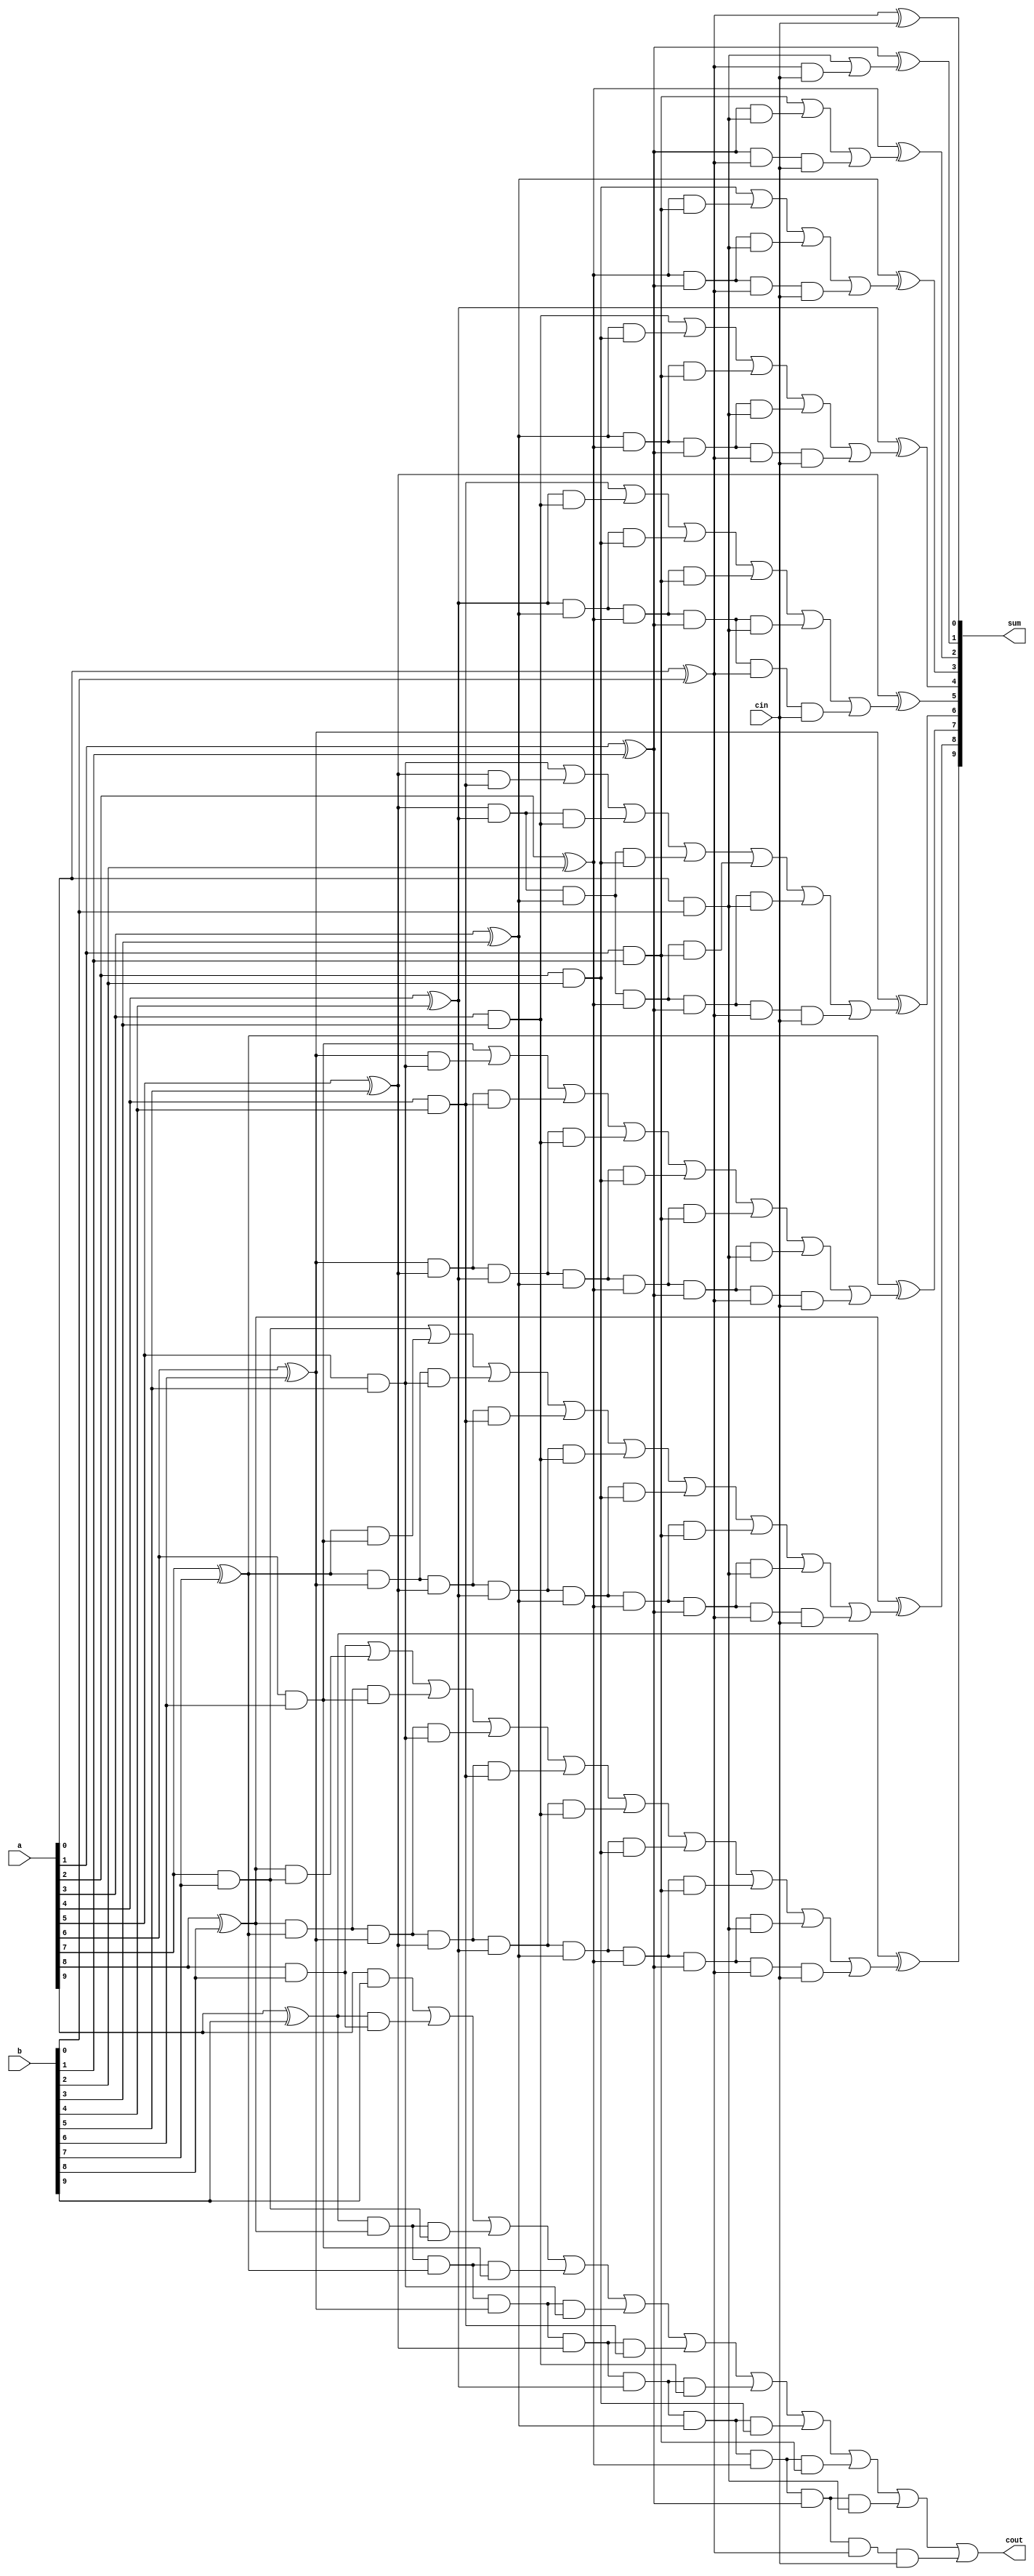
module CLA10(a,b,cin,sum,cout);
input[9:0] a,b;
input cin;
output [9:0] sum;
output cout;
wire p0,p1,p2,p3,p4,p5,p6,p7,p8,p9,g0,g1,g2,g3,g4,g5,g6,g7,g8,g9,c1,c2,c3,c4,c5,c6,c7,c8,c9,c10;
assign p0=(a[0]^b[0]),
p1=(a[1]^b[1]),
p2=(a[2]^b[2]),
p3=(a[3]^b[3]),
p4=(a[4]^b[4]),
p5=(a[5]^b[5]),
p6=(a[6]^b[6]),
p7=(a[7]^b[7]),
p8=(a[8]^b[8]),
p9=(a[9]^b[9]);
assign g0=(a[0]&b[0]),
g1=(a[1]&b[1]),
g2=(a[2]&b[2]),
g3=(a[3]&b[3]),
g4=(a[4]&b[4]),
g5=(a[5]&b[5]),
g6=(a[6]&b[6]),
g7=(a[7]&b[7]),
g8=(a[8]&b[8]),
g9=(a[9]&b[9]);
assign c0=cin,
c1=g0|(p0&cin),
c2=g1|(p1&g0)|(p1&p0&cin),
c3=g2|(p2&g1)|(p2&p1&g0)|(p2&p1&p0&cin),
c4=g3|(p3&g2)|(p3&p2&g1)|(p3&p2&p1&g0)|(p3&p2&p1&p0&cin),
c5=g4|(p4&g3)|(p4&p3&g2)|(p4&p3&p2&g1)|(p4&p3&p2&p1&g0)|(p4&p3&p2&p1&p0&cin),
c6=g5|(p5&g4)|(p5&p4&g3)|(p5&p4&p3&g2)|(p5&p4&p3&p2&g1)|(p5&p4&p3&p2&p1&g0)|(p5&p4&p3&p2&p1&p0&cin),
c7=g6|(p6&g5)|(p6&p5&g4)|(p6&p5&p4&g3)|(p6&p5&p4&p3&g2)|(p6&p5&p4&p3&p2&g1)|(p6&p5&p4&p3&p2&p1&g0)|(p6&p5&p4&p3&p2&p1&p0&cin),
c8=g7|(p7&g6)|(p7&p6&g5)|(p7&p6&p5&g4)|(p7&p6&p5&p4&g3)|(p7&p6&p5&p4&p3&g2)|(p7&p6&p5&p4&p3&p2&g1)|(p7&p6&p5&p4&p3&p2&p1&g0)|(p7&p6&p5&p4&p3&p2&p1&p0&cin),
c9=g8|(p8&g7)|(p8&p7&g6)|(p8&p7&p6&g5)|(p8&p7&p6&p5&g4)|(p8&p7&p6&p5&p4&g3)|(p8&p7&p6&p5&p4&p3&g2)|(p8&p7&p6&p5&p4&p3&p2&g1)|(p8&p7&p6&p5&p4&p3&p2&p1&g0)|(p8&p7&p6&p5&p4&p3&p2&p1&p0&cin),
c10=g9|(p9&g8)|(p9&p8&g7)|(p9&p8&p7&g6)|(p9&p8&p7&p6&g5)|(p9&p8&p7&p6&p5&g4)|(p9&p8&p7&p6&p5&p4&g3)|(p9&p8&p7&p6&p5&p4&p3&g2)|(p9&p8&p7&p6&p5&p4&p3&p2&g1)|(p9&p8&p7&p6&p5&p4&p3&p2&p1&g0)|(p9&p8&p7&p6&p5&p4&p3&p2&p1&p0&cin);
assign sum[0]=p0^c0,
sum[1]=p1^c1,
sum[2]=p2^c2,
sum[3]=p3^c3,
sum[4]=p4^c4,
sum[5]=p5^c5,
sum[6]=p6^c6,
sum[7]=p7^c7,
sum[8]=p8^c8,
sum[9]=p9^c9;
assign cout=c10;
endmodule